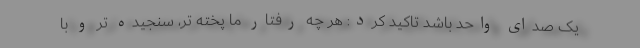
یک صدای واحد باشد تاکید کرد: هر چه رفتار ما پخته تر، سنجیده تر و با